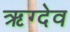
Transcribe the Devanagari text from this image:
ऋग्देव